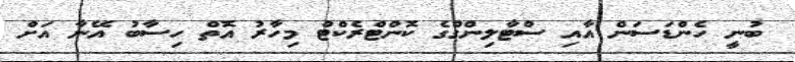
ބުނީ ހެންޑަސަން އާއި ސްޓާލިންގްގެ ކޮންޓްރެކްޓް މިހާރު އޮތް ހިސާބު އޭނާ އަށް